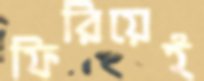
ফিরিয়েই